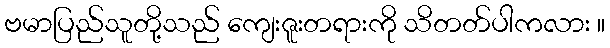
ဗမာပြည်သူတို့သည် ကျေးဇူးတရားကို သိတတ်ပါကလား ။